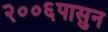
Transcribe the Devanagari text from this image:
२००६पासुन